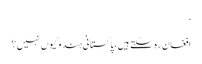
‘
افغان رہ سکتےہیں، پاکستانی ہندو کیوں نہیں؟